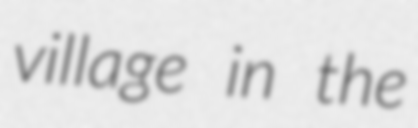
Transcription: village in the